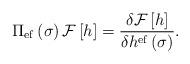
LaTeX: \begin{align*}\Pi _{{\rm ef}}\left( \sigma \right) {\cal F}\left[ h\right] =\frac{\delta {\cal F}\left[ h\right] }{\delta h^{{\rm ef}}\left( \sigma \right) }.\end{align*}